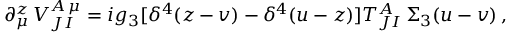
\partial _ { \mu } ^ { z } \, V _ { J I } ^ { A \, \mu } = i g _ { 3 } [ \delta ^ { 4 } ( z - v ) - \delta ^ { 4 } ( u - z ) ] T _ { J I } ^ { A } \, \Sigma _ { 3 } ( u - v ) \, ,